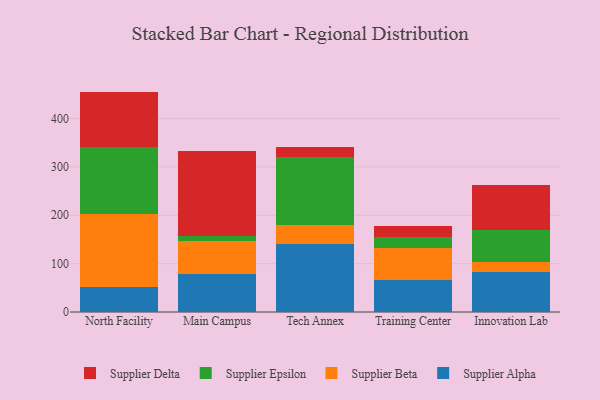
{"axis": {"x": "Campus", "y": "Budget (USD K)"}, "legend": ["Supplier Alpha", "Supplier Beta", "Supplier Delta", "Supplier Epsilon"], "data": [{"x": "North Facility", "y": 52.3, "type": "Supplier Alpha"}, {"x": "North Facility", "y": 151.2, "type": "Supplier Beta"}, {"x": "North Facility", "y": 138.6, "type": "Supplier Epsilon"}, {"x": "North Facility", "y": 113.7, "type": "Supplier Delta"}, {"x": "Main Campus", "y": 78.2, "type": "Supplier Alpha"}, {"x": "Main Campus", "y": 67.8, "type": "Supplier Beta"}, {"x": "Main Campus", "y": 11.7, "type": "Supplier Epsilon"}, {"x": "Main Campus", "y": 174.6, "type": "Supplier Delta"}, {"x": "Tech Annex", "y": 140.4, "type": "Supplier Alpha"}, {"x": "Tech Annex", "y": 39.1, "type": "Supplier Beta"}, {"x": "Tech Annex", "y": 141.2, "type": "Supplier Epsilon"}, {"x": "Tech Annex", "y": 20.9, "type": "Supplier Delta"}, {"x": "Training Center", "y": 66.6, "type": "Supplier Alpha"}, {"x": "Training Center", "y": 65.7, "type": "Supplier Beta"}, {"x": "Training Center", "y": 23.1, "type": "Supplier Epsilon"}, {"x": "Training Center", "y": 23.4, "type": "Supplier Delta"}, {"x": "Innovation Lab", "y": 83.3, "type": "Supplier Alpha"}, {"x": "Innovation Lab", "y": 19.8, "type": "Supplier Beta"}, {"x": "Innovation Lab", "y": 66.8, "type": "Supplier Epsilon"}, {"x": "Innovation Lab", "y": 91.8, "type": "Supplier Delta"}]}